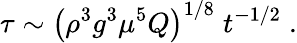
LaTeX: \tau\sim\left(\rho^{3}g^{3}\mu^{5}Q\right)^{1/8}\; t^{-1/2}\; .